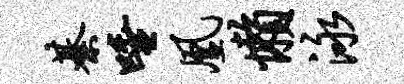
綦唾凰懒泳